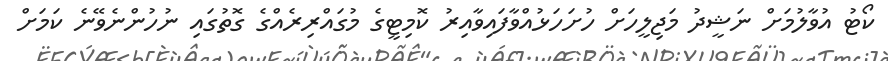
ކޯޓު އުވާލުމަށް ނަޝީދު މަޖިލީހަށް ހުށަހަޅުއްވާފައިވާއިރު ކޮމިޓީގެ މުގައްރިރެއްގެ ގޮތުގައި ނުހުންނެވޭނެ ކަމަށް